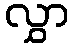
လွှာ